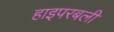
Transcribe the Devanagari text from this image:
हाइपरबली